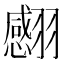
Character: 𦒝